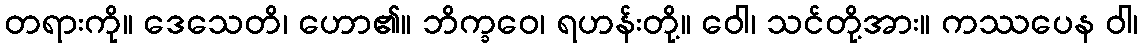
တရားကို။ ဒေသေတိ၊ ဟော၏။ ဘိက္ခဝေ၊ ရဟန်းတို့။ ဝေါ၊ သင်တို့အား။ ကဿပေန ဝါ၊